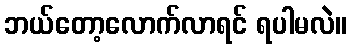
ဘယ်တော့လောက်လာရင် ရပါမလဲ။